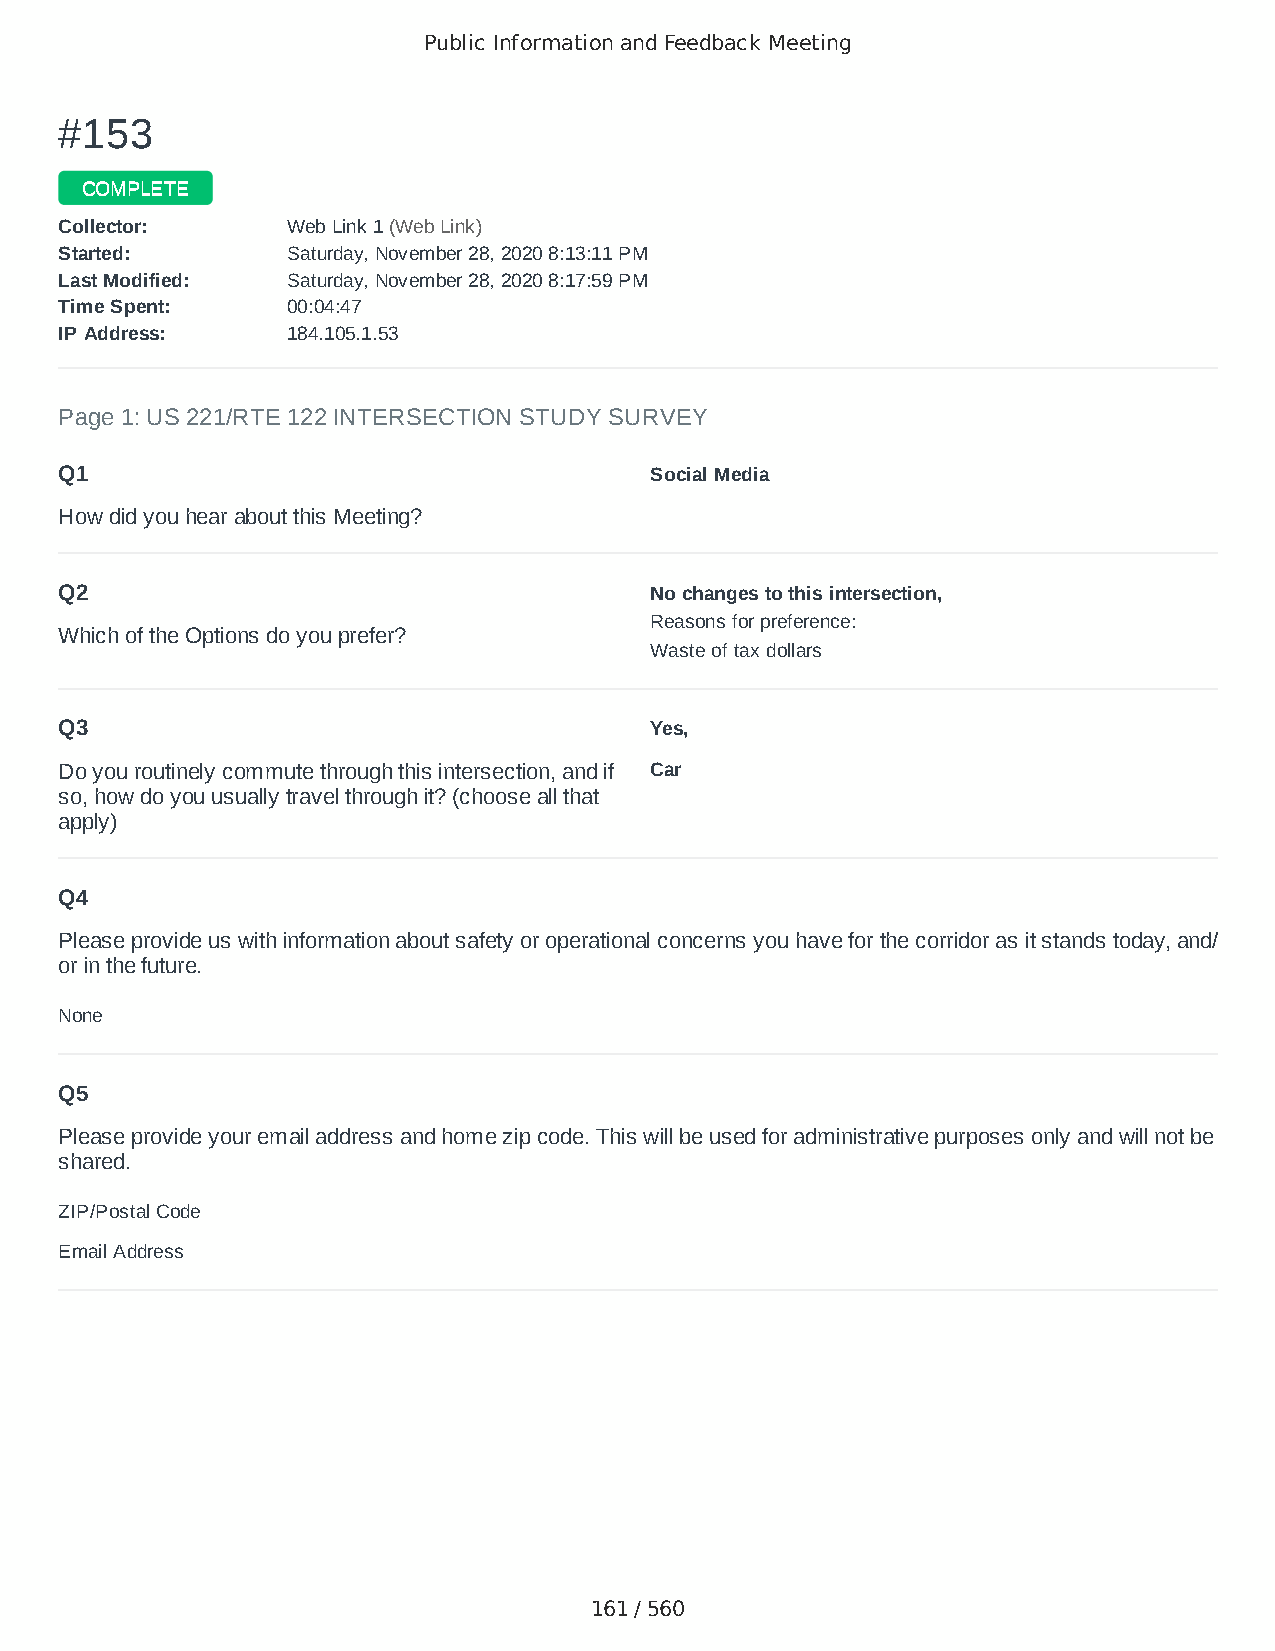
Public Information and Feedback Meeting
 ##115533
 CCOOMMPPLLEETTEE
 CCoolllleeccttoorr:: WWeebb LLiinnkk 11 ((WWeebb LLiinnkk))
 SSttaarrtteedd:: SSaattuurrddaayy,, NNoovveemmbbeerr 2288,, 22002200 88::1133::1111 PPMM
 LLaasstt MMooddiiffiieedd:: SSaattuurrddaayy,, NNoovveemmbbeerr 2288,, 22002200 88::1177::5599 PPMM
 TTiimmee SSppeenntt:: 0000::0044::4477
 IIPP AAddddrreessss:: 118844..110055..11..5533
 Page 1: US 221/RTE 122 INTERSECTION STUDY SURVEY
 Q1                                     Social Media
 How did you hear about this Meeting?
 Q2                                     No changes to this intersection,
 Reasons for preference:
 Which of the Options do you prefer?
 Waste of tax dollars
 Q3                                     Yes,
 Do you routinely commute through this intersection, and if Car
 so, how do you usually travel through it? (choose all that
 apply)
 Q4
 Please provide us with information about safety or operational concerns you have for the corridor as it stands today, and/
 or in the future.
 None
 Q5
 Please provide your email address and home zip code. This will be used for administrative purposes only and will not be
 shared.
 ZIP/Postal Code                        24523
 Email Address                          colbster_58@outlook.com
 161 / 560